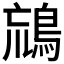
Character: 𪀞